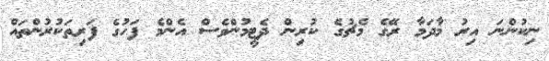
ނިކުންނަ އިރު މާދަމާ ރޭގެ މެޗުގެ ކުރިން ދެޓީމުންވެސް އެންމެ ފަހުގެ ފަރިތަކުރުންތައް